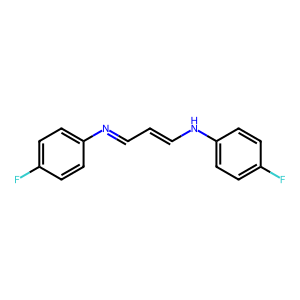
SMILES: Fc1ccc(N=CC=CNc2ccc(F)cc2)cc1
Inhibits HIV replication: No